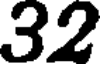
32